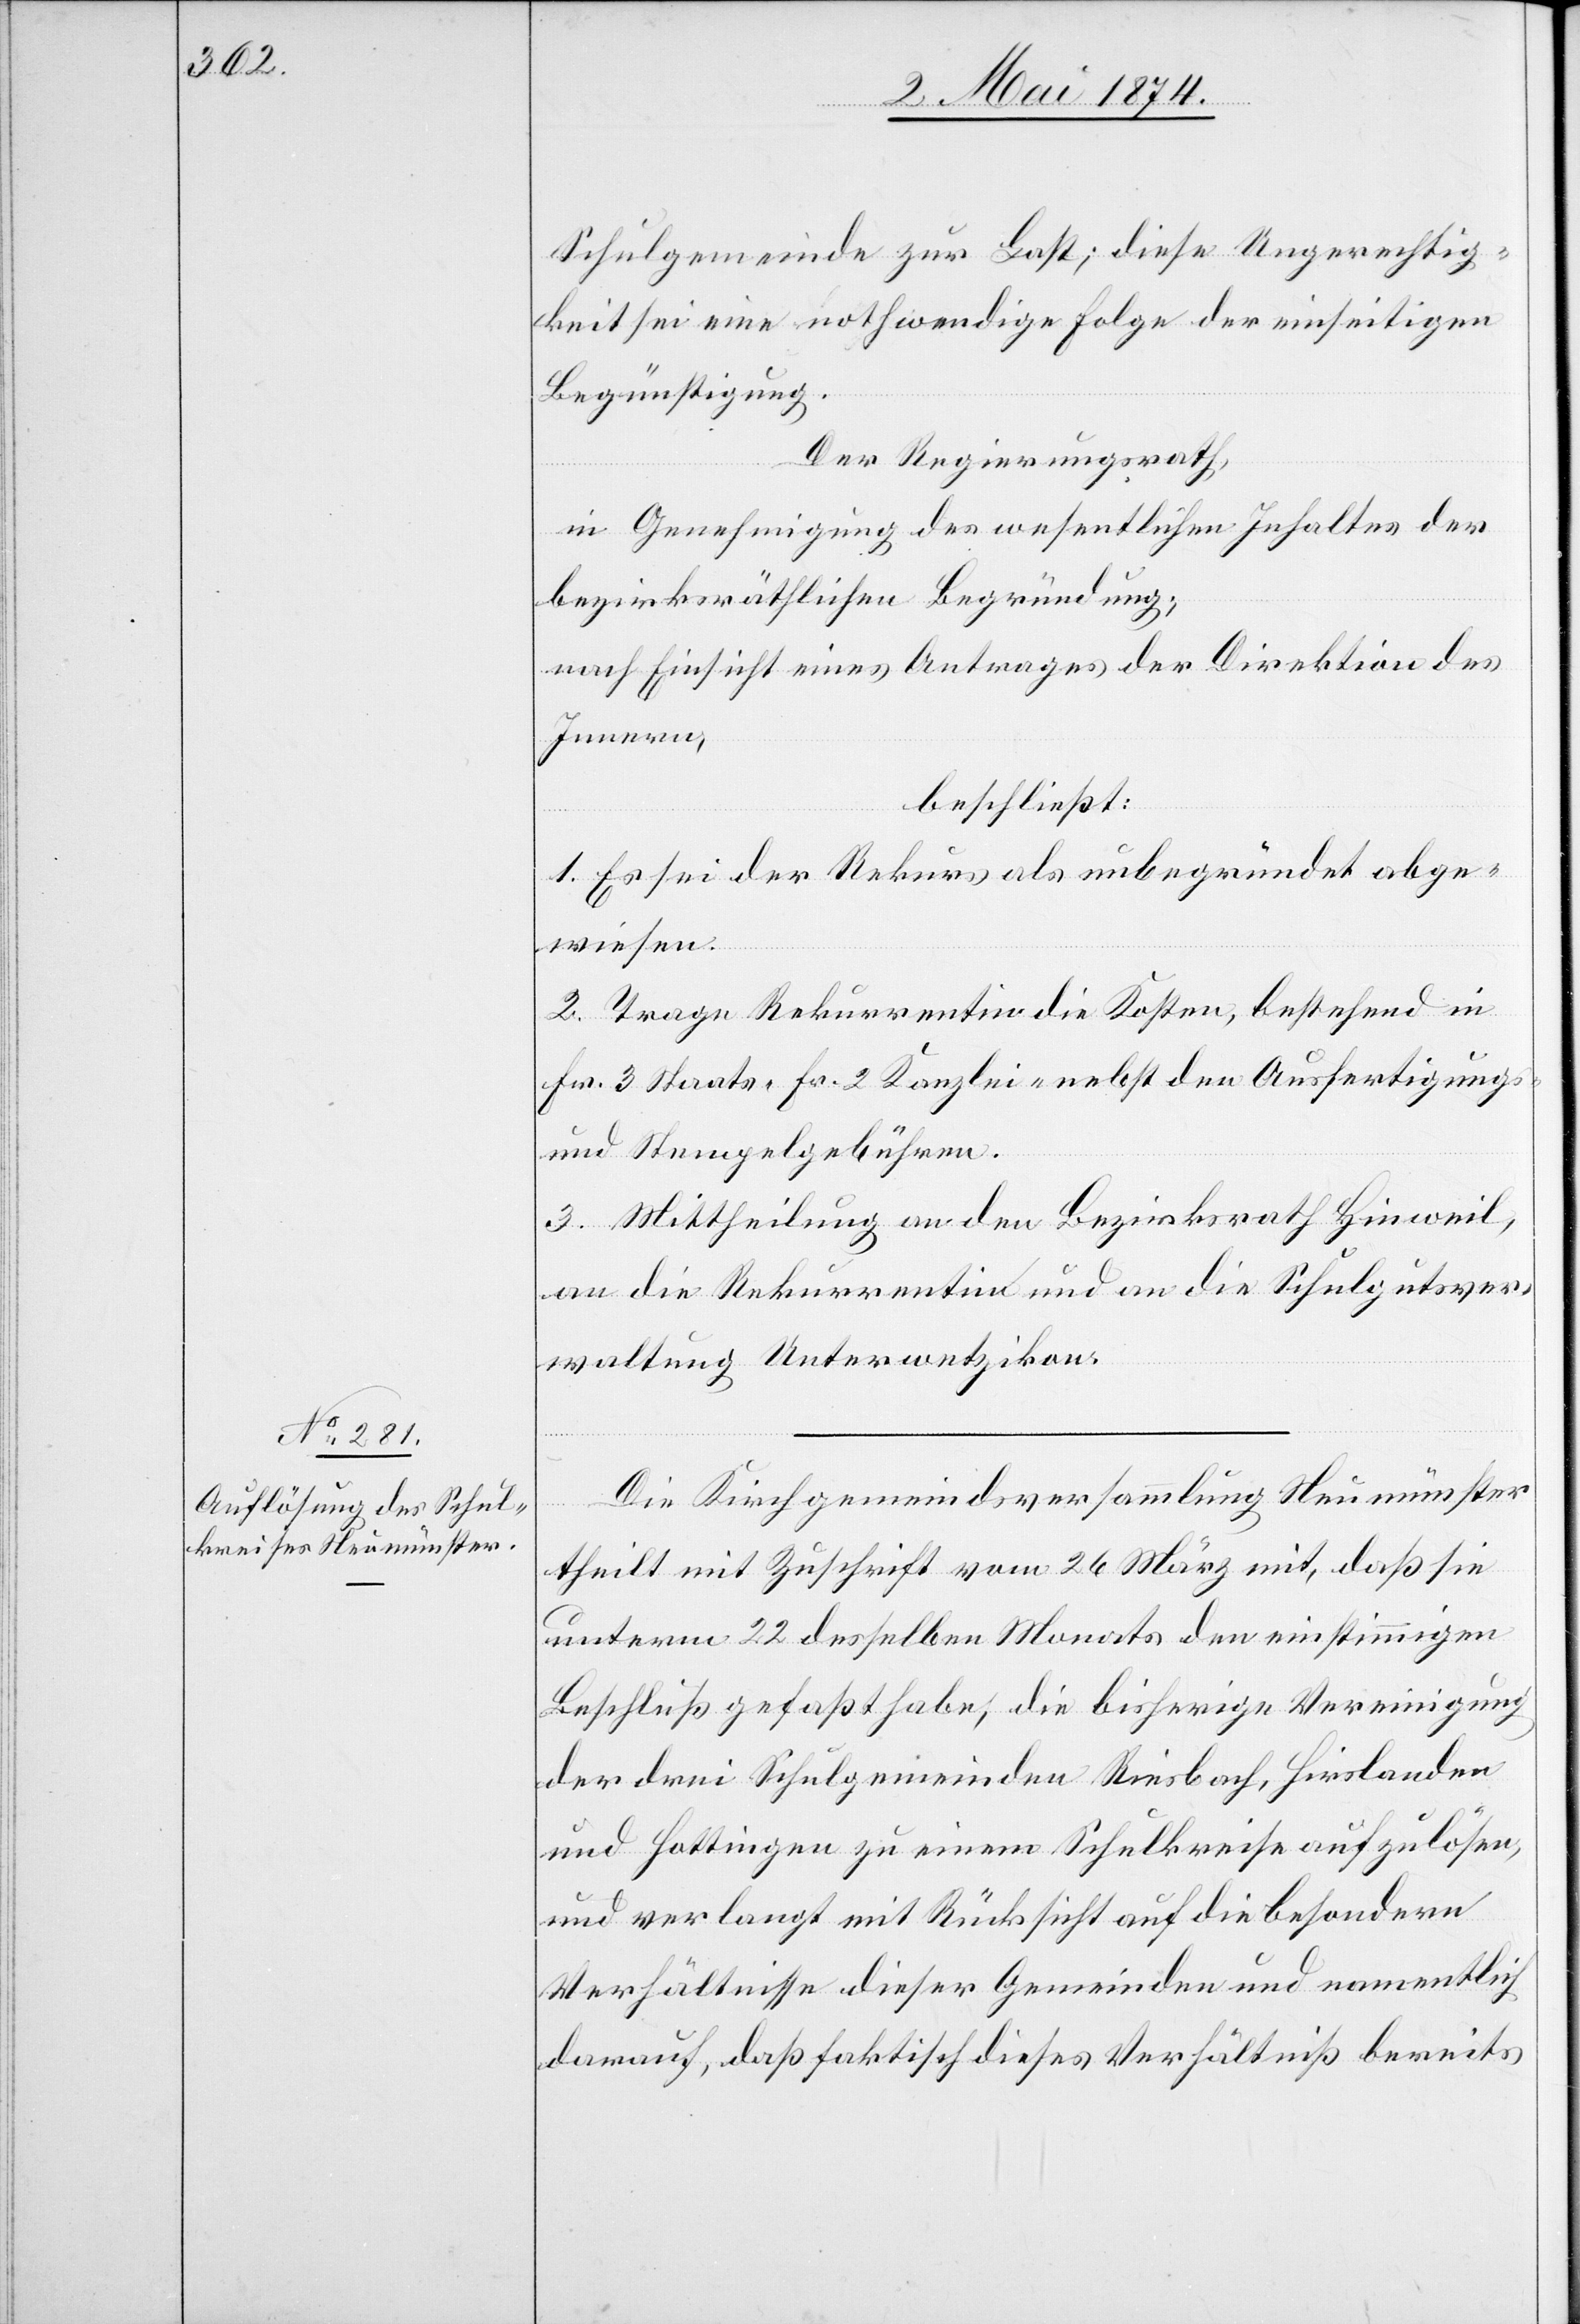
Schulgemeinde zur Last; diese Ungerechtig¬
keit sei eine nothwendige Folge der einseitigen
Begünstigung.
Der Regierungsrath,
in Genehmigung des wesentlichen Inhaltes der
bezirksräthlichen Begründung;
nach Einsicht eines Antrages der Direktion des
Innern,
beschließt:
1. Es sei der Rekurs als unbegründet abge¬
wiesen.
2. Trage Rekurrentin die Kosten, bestehend in
Fr. 3 Staats-[,] Fr. 2 Kanzlei- nebst den Ausfertigungs-
und Stempelgebühren.
3. Mittheilung an den Bezirksrath Hinweil,
an die Rekurrentin und an die Schulgutsver¬
waltung Unterwetzikon.
Die Kirchgemeindsversammlung Neumünster
theilt mit Zuschrift vom 26. März mit, daß sie
unterm 22. desselben Monats den einstimmigen
Beschluß gefaßt habe, die bisherige Vereinigung
der drei Schulgemeinden Riesbach, Hirslanden
und Hottingen zu einem Schulkreise aufzulösen,
und verlangt mit Rücksicht auf die besondern
Verhältnisse dieser Gemeinden und namentlich
darauf, daß faktische dieses Verhältniß bereits